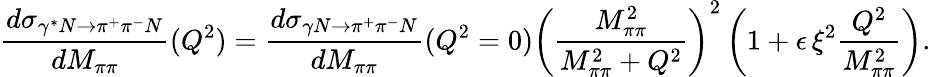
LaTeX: \frac{d\sigma_{\gamma^{*}N\rightarrow\pi^{+}\pi^{-}N}}{dM_{\pi\pi}}(Q^{2})=\frac{d\sigma_{\gamma N\rightarrow\pi^{+}\pi^{-}N}}{dM_{\pi\pi}}(Q^{2}=0)\left(\frac{M_{\pi\pi}^{2}}{M_{\pi\pi}^{2}+Q^{2}}\right)^{2}\left(1+\epsilon\, \xi^{2}\frac{Q^{2}}{M_{\pi\pi}^{2}}\right).